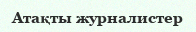
Атақты журналистер